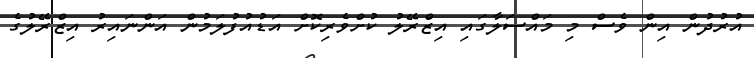
އުރުދުން އިން ވެސް މި މައްސަލާގައި އިޒްރޭލު ކުށްވެރިކޮށް އަޑުއުފުލަމުން އަންނައިރު އިޒްރޭލުގެ